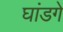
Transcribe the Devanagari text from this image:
घांडगे